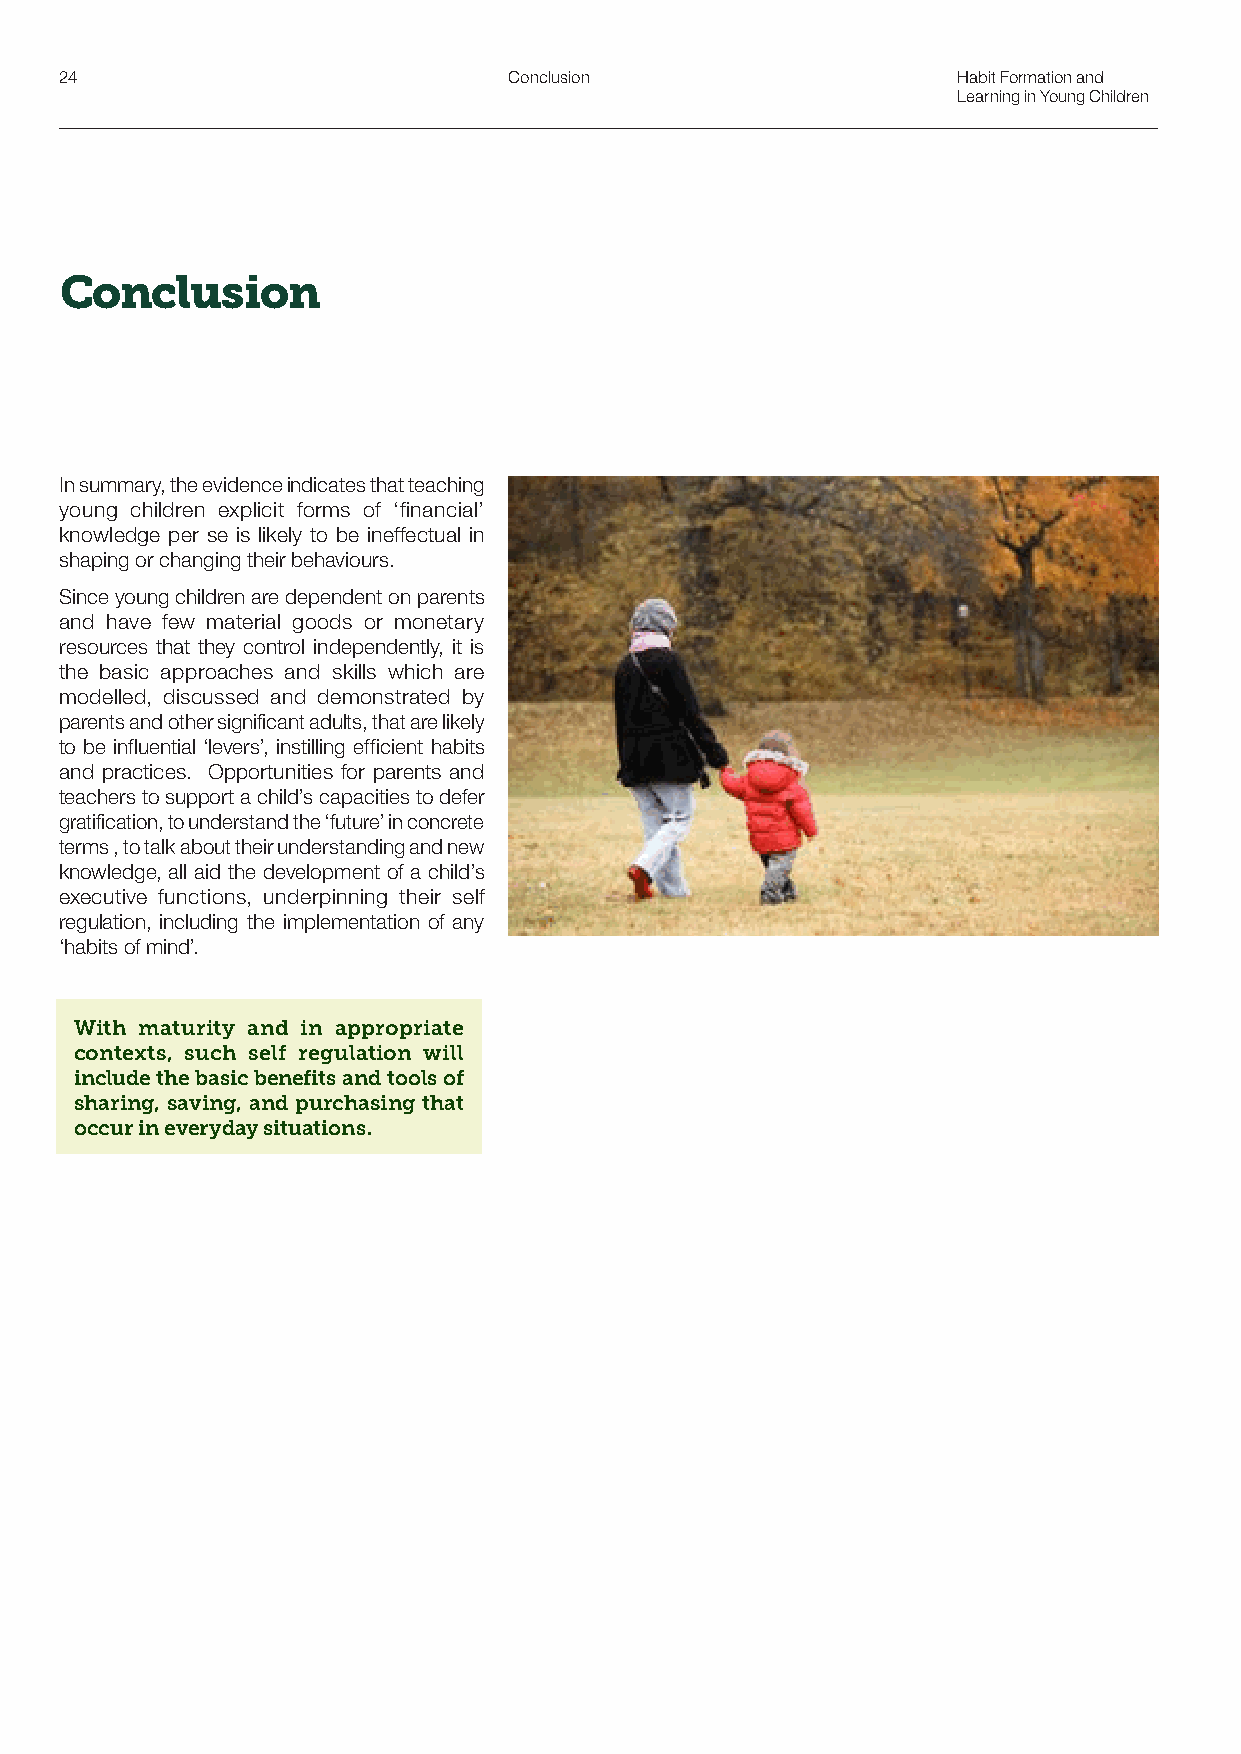
24                            Conclusion                   Habit Formation and
 Learning in Young Children
 Conclusion
 In summary, the evidence indicates that teaching
 young children explicit forms of ‘financial’
 knowledge per se is likely to be ineffectual in
 shaping or changing their behaviours.
 Since young children are dependent on parents
 and have few material goods or monetary
 resources that they control independently, it is
 the basic approaches and skills which are
 modelled, discussed and demonstrated by
 parents and other significant adults, that are likely
 to be influential ‘levers’, instilling efficient habits
 and practices. Opportunities for parents and
 teachers to support a child’s capacities to defer
 gratification, to understand the ‘future’ in concrete
 terms , to talk about their understanding and new
 knowledge, all aid the development of a child’s
 executive functions, underpinning their self
 regulation, including the implementation of any
 ‘habits of mind’.
 With maturity and in appropriate
 contexts, such self regulation will
 include the basic benefits and tools of
 sharing, saving, and purchasing that
 occur in everyday situations.